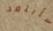
سأبتعد